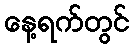
နေ့ရက်တွင်